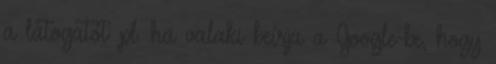
a látogatót: pl. ha valaki beírja a Google-be, hogy